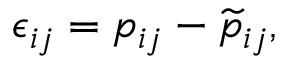
\epsilon _ { i j } = p _ { i j } - \widetilde { p } _ { i j } ,